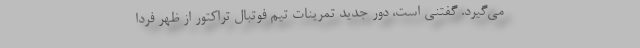
می‌گیرد. گفتنی است، دور جدید تمرینات تیم فوتبال تراکتور از ظهر فردا